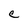
Character: C